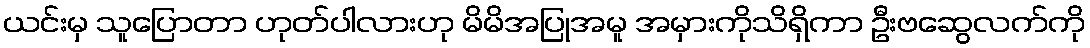
ယင်းမှ သူပြောတာ ဟုတ်ပါလားဟု မိမိအပြုအမူ အမှားကိုသိရှိကာ ဦးဗဆွေလက်ကို